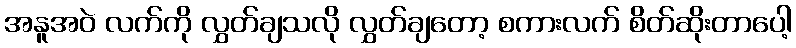
အနူအဝဲ လက်ကို လွှတ်ချသလို လွှတ်ချတော့ စကားလက် စိတ်ဆိုးတာပေါ့